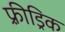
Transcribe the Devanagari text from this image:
फ़्रीड्रिक